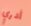
أدري